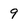
Character: 9